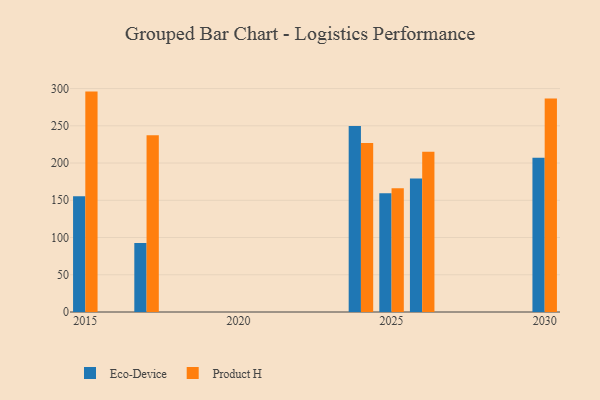
{"axis": {"x": "Year", "y": "Conversion Rate (%)"}, "legend": ["Eco-Device", "Product H"], "data": [{"x": "2024", "y": 249.7, "type": "Eco-Device"}, {"x": "2024", "y": 226.8, "type": "Product H"}, {"x": "2017", "y": 92.8, "type": "Eco-Device"}, {"x": "2017", "y": 237.3, "type": "Product H"}, {"x": "2030", "y": 207.1, "type": "Eco-Device"}, {"x": "2030", "y": 286.6, "type": "Product H"}, {"x": "2025", "y": 159.4, "type": "Eco-Device"}, {"x": "2025", "y": 166.2, "type": "Product H"}, {"x": "2015", "y": 155.4, "type": "Eco-Device"}, {"x": "2015", "y": 295.9, "type": "Product H"}, {"x": "2026", "y": 179.1, "type": "Eco-Device"}, {"x": "2026", "y": 215.0, "type": "Product H"}]}